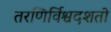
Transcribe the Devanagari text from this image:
तरणिर्विश्वदर्शतो